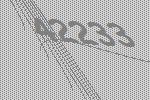
42233